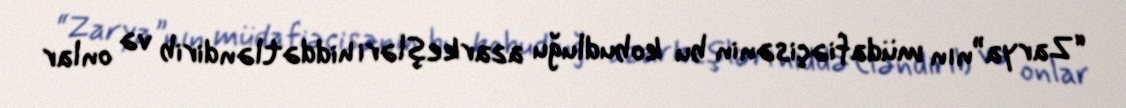
“Zarya”nın müdafiəçisənin bu kobudluğu azarkeşləri hiddətləndirib və onlar